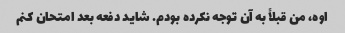
اوه، من قبلاً به آن توجه نکرده بودم. شاید دفعه بعد امتحان کنم